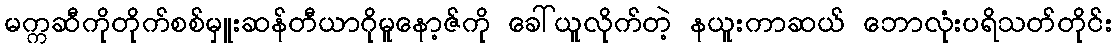
မက္ကဆီကိုတိုက်စစ်မှူးဆန်တီယာဂိုမူနော့ဇ်ကို ခေါ်ယူလိုက်တဲ့ နယူးကာဆယ် ဘောလုံးပရိသတ်တိုင်း